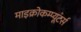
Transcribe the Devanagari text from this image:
माइक्रोकम्प्यूटर्स